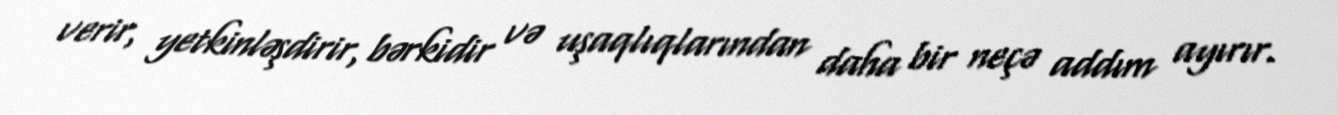
verir, yetkinləşdirir, bərkidir və uşaqlıqlarından daha bir neçə addım ayırır.